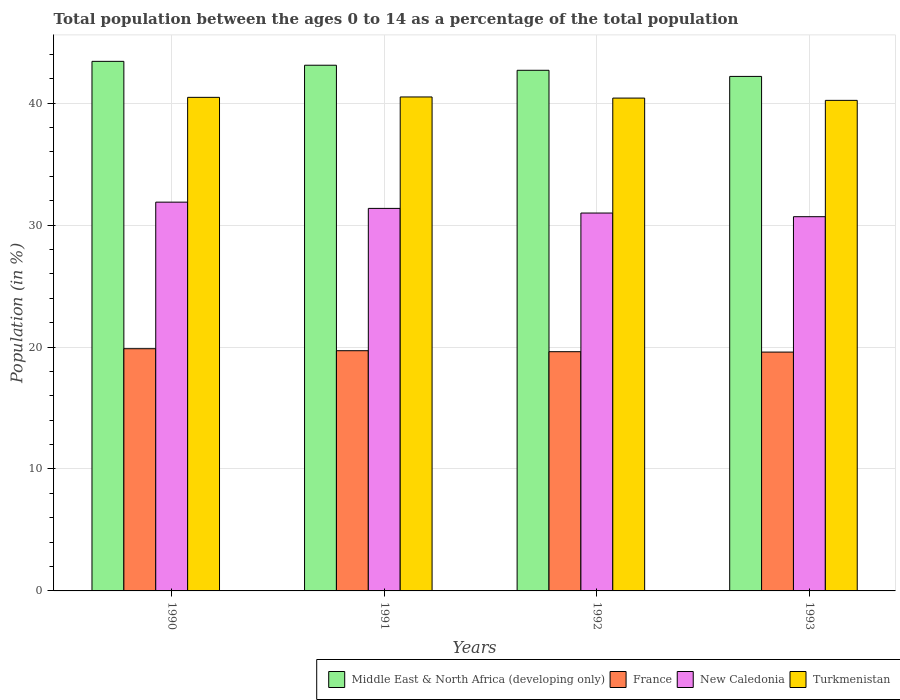
| Years | Middle East & North Africa (developing only) | France | New Caledonia | Turkmenistan |
 | --- | --- | --- | --- | --- |
 | 1990 | 43.4 | 19.9 | 31.9 | 40.5 |
 | 1991 | 43.1 | 19.7 | 31.4 | 40.5 |
 | 1992 | 42.7 | 19.6 | 31 | 40.4 |
 | 1993 | 42.2 | 19.6 | 30.7 | 40.2 |